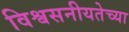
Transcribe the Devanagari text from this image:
विश्वसनीयतेच्या